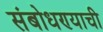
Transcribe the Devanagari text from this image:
संबोधण्याची